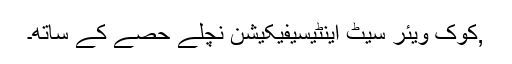
,کوک ویئر سیٹ اینٹیسیفیکیشن نچلے حصے کے ساتھ۔